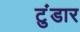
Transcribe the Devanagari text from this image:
टुंडार